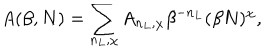
A ( \beta , N ) = \sum _ { n _ { L } , \chi } A _ { n _ { L } , \chi } \beta ^ { - n _ { L } } ( \beta N ) ^ { \chi } ,